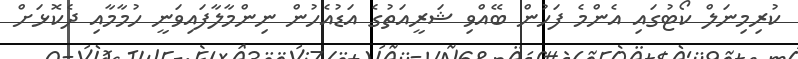
ކުރިމިނަލް ކޯޓުގައި އެންމެ ފަހުން ބޭއްވި ޝަރީއަތުގެ އަޑުއެހުން ނިންމާލާފައިވަނީ ހުމާމާއި ދެކޮޅަށް